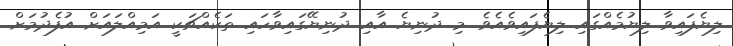
ލިޔެފައިވާ ލިޔުމެއްގައި ލިޔެފައިވެއެވެ. މި ދުނިޔެ އާއި ދުނިޔޭގައިވާހައި ތަކެއްޗަކީ އަމިއްލައަށް އުފެދުމަށް